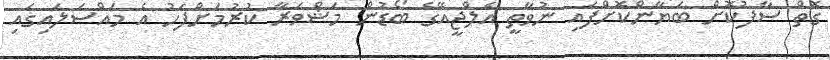
ގޮތް ސާފުކޮށް ބަޔާންކޮށްފައި ނުވާތީ އެލްޖީއޭގެ ބޯޑުން މަޝްވަރާ ކުރުމަށްފަހު އެ މައްސަލައިގައި